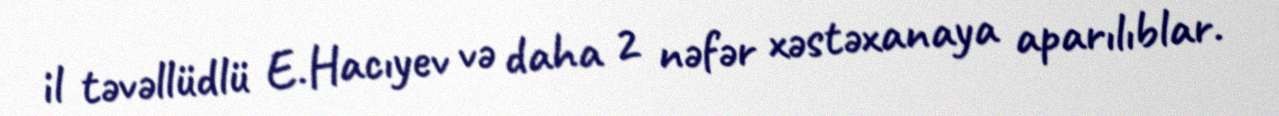
il təvəllüdlü E.Hacıyev və daha 2 nəfər xəstəxanaya aparılıblar.